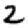
Digit: 2